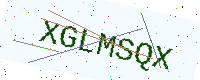
Text: XGLMSQX